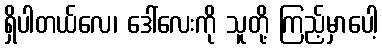
ရှိပါတယ်လေ၊ ဒေါ်လေးကို သူတို့ ကြည့်မှာပေါ့